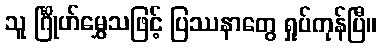
သူ င်္ဂြိုဟ်မွှေသဖြင့် ပြဿနာတွေ ရှုပ်ကုန်ပြီ။